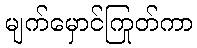
မျက်မှောင်ကြုတ်ကာ